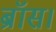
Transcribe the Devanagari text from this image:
ब्रॉस।